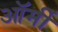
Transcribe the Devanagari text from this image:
ऑर्मी